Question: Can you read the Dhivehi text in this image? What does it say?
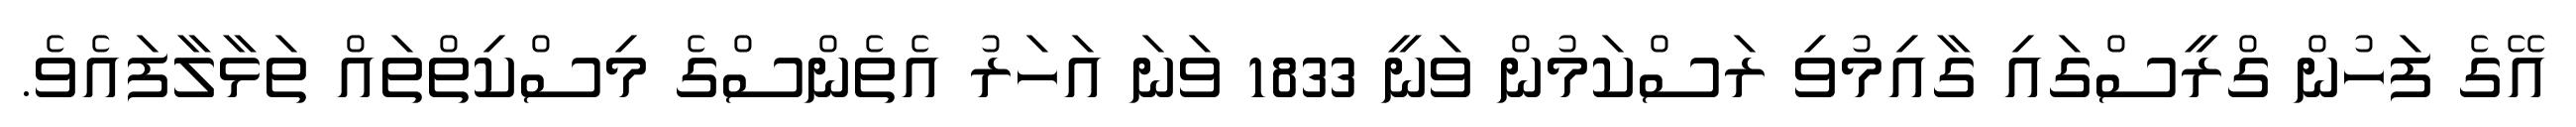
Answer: އޭގެ ފަހުން ގްރީސްގައި ގާއިމުވި ރަސްކަމުން ވަނީ 1833 ވަނަ އަހަރު އެތެންސްގެ މިސްކިތްތައް ތަޅާލާފައެވެ.